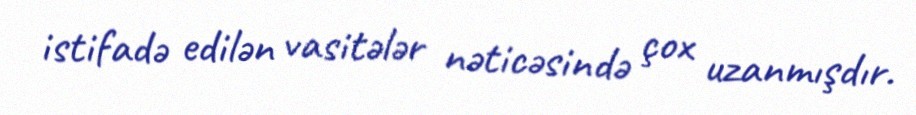
istifadə edilən vasitələr nəticəsində çox uzanmışdır.